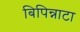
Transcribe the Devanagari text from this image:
बिपिन्नाटा